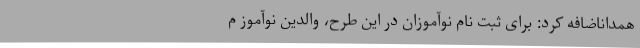
همداناضافه کرد: برای ثبت نام نوآموزان در این طرح، والدین نوآموز م